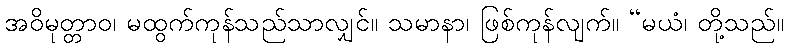
အဝိမုတ္တာဝ၊ မထွက်ကုန်သည်သာလျှင်။ သမာနာ၊ ဖြစ်ကုန်လျက်။ “မယံ၊ တို့သည်။